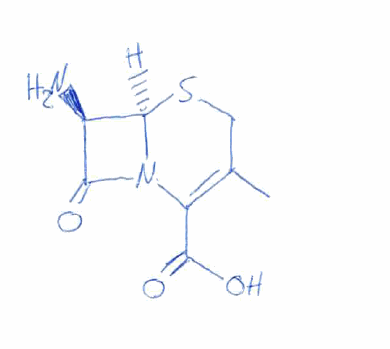
Simplified molecular-input line-entry system (SMILES) notation of the given molecule:
CC1=C(N2[C@@H]([C@@H](C2=O)N)SC1)C(=O)O